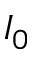
I _ { 0 }